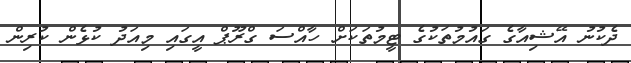
ދެކުނު އޭޝިއާގެ ގައުމުތަކުގެ ޓީމުތަކަށް ހާއްސަ ގްރޫޕް އީގައި މިއަދު ކުޅެން ކުރިން